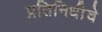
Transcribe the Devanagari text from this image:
प्रतिनिधीचे